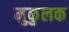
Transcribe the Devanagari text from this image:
मुकुलक